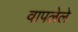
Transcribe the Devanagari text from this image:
वापलेले